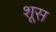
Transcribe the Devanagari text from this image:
शूस